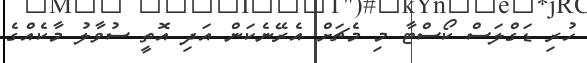
ހުރި ޑަގްލަސް ކޯސްޓާ މި މެޗަށް އެރޭނެކަން އަދި އޮތީ ސުވާލު މާކެއްގެ